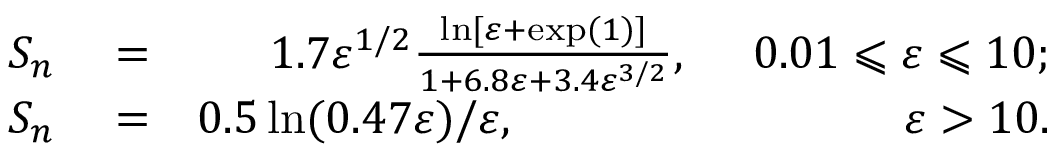
\begin{array} { r l r } { S _ { n } } & { { } = } & { 1 . 7 \varepsilon ^ { 1 / 2 } \frac { \ln [ \varepsilon + \exp ( 1 ) ] } { 1 + 6 . 8 \varepsilon + 3 . 4 \varepsilon ^ { 3 / 2 } } , \phantom { 1 . 7 } 0 . 0 1 \leqslant \varepsilon \leqslant 1 0 ; } \\ { S _ { n } } & { { } = } & { 0 . 5 \ln ( 0 . 4 7 \varepsilon ) / \varepsilon , \phantom { \varepsilon ^ { 1 / 2 } 0 . 5 \ln ( 0 . 4 7 \varepsilon ) / \varepsilon } \varepsilon > 1 0 . } \end{array}